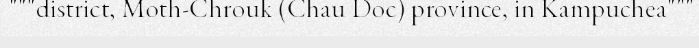
"""district, Moth-Chrouk (Chau Doc) province, in Kampuchea"""